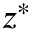
z ^ { * }